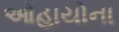
ઓહાયોના